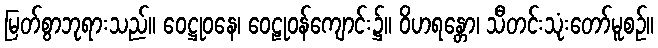
မြတ်စွာဘုရားသည်။ ဝေဋ္ဌုဝနေ၊ ဝေဠုဝန်ကျောင်း၌။ ဝိဟရန္တော၊ သီတင်းသုံးတော်မူစဉ်။